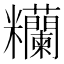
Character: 糷